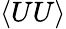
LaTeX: \langle UU\rangle